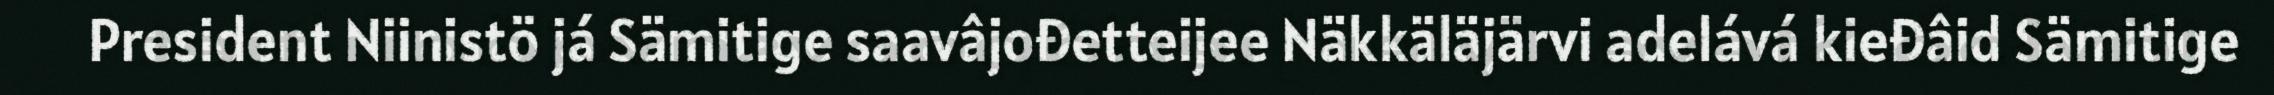
President Niinistö já Sämitige saavâjođetteijee Näkkäläjärvi adelává kieđâid Sämitige